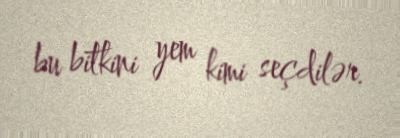
bu bitkini yem kimi seçdilər.